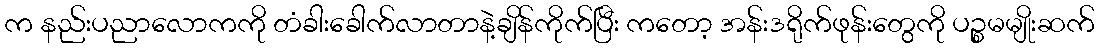
က နည်းပညာလောကကို တံခါးခေါက်လာတာနဲ့ချိန်ကိုက်ပြီး ကတော့ အန်းဒရိုက်ဖုန်းတွေကို ပဉ္စမမျိုးဆက်